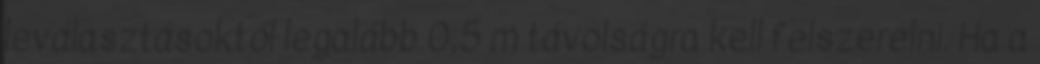
leválasztásoktól legalább 0,5 m távolságra kell felszerelni. Ha a